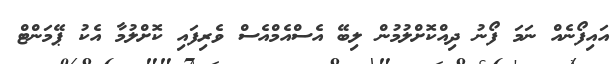
އައިފޯނެއް ނަމަ ފޯނު ދިއްކޮށްލުމުން ލިބޭ އެސްއެމްއެސް ވެރިފައި ކޮށްލުމާ އެކު ޕޭމަންޓް